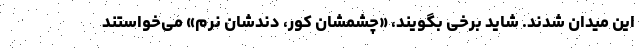
این میدان شدند. شاید برخی بگویند، «چشمشان کور، دندشان نرم» می‌خواستند